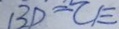
B D = C E